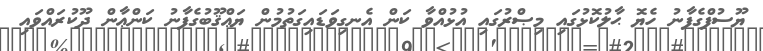
ޔޫސުފްގެފާނު ހެޔޮ ޙާލުކޮޅުގައި މިޞްރުގައި އުޅުއްވާ ކަން އެނގިވަޑައިގަތުމުން ޔަޢްޤޫބުގެފާނު ކަންޢާން ދޫކުރައްވައި